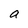
Character: a